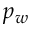
p _ { w }